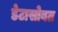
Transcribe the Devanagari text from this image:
डेटासोबत